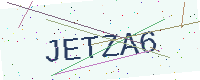
Text: JETZA6